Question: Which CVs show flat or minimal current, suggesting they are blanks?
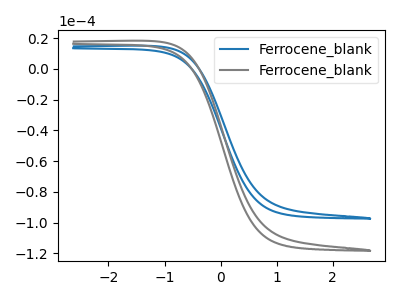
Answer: <think>The blue curve "Ferrocene_blank1" has no peaks. The gray curve "Ferrocene_blank2" has no peaks.</think>
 <answer>"Ferrocene_blank1" and "Ferrocene_blank2" are likely to be blanks.</answer>
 <eval>"Ferrocene_blank1", "Ferrocene_blank2"</eval>